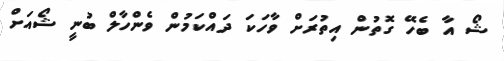
ޝޯ އާ ބެހޭ ގޮތުން އިތުރަށް ވާހަކަ ދައްކަމުން ވެންހާލް ބުނީ ޝޯއަށް